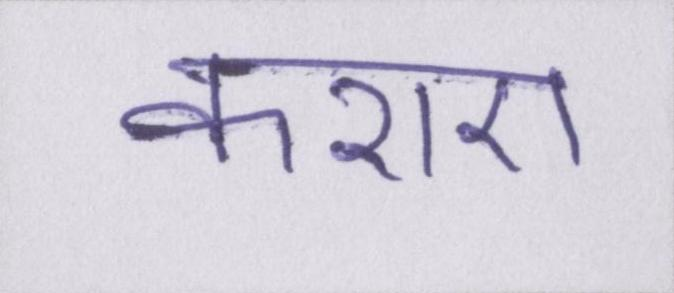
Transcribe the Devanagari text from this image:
कराए